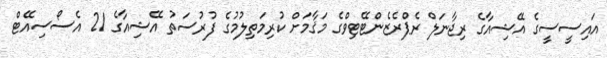
އައިސީސީގެ އޭޝިއާގެ ރިޖާނަލް ރެޕްރެޒެންޓޭޓިވްގެ މަޤާމަށް ކުރިމަތިލުމުގެ ފުރުސަތު އޭޝިއާގެ 21 އެސޯސިއޭޓް